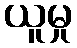
ယူမှု